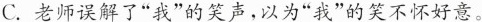
C.老师误解了”我”的笑声，以为”我”的笑不怀好意。